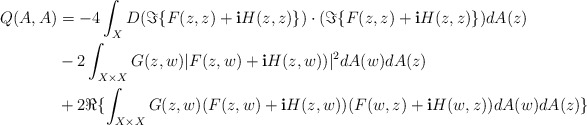
\begin{align*} Q(A,A)&=-4\int_{X}{D (\Im\{F(z,z)+\textbf{i}H(z,z)\})\cdot(\Im\{F(z,z)+\textbf{i}H(z,z)\})dA(z)}\\ &-2\int_{X\times X}G(z,w)|F(z,w)+\textbf{i}H(z,w))|^2dA(w)dA(z)\\ &+2\Re\{\int_{X\times X}G(z,w)(F(z,w)+\textbf{i}H(z,w))(F(w,z)+\textbf{i}H(w,z))dA(w)dA(z)\} \end{align*}